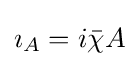
{\textstyle \imath _{A}=i{\bar {\chi }}A}